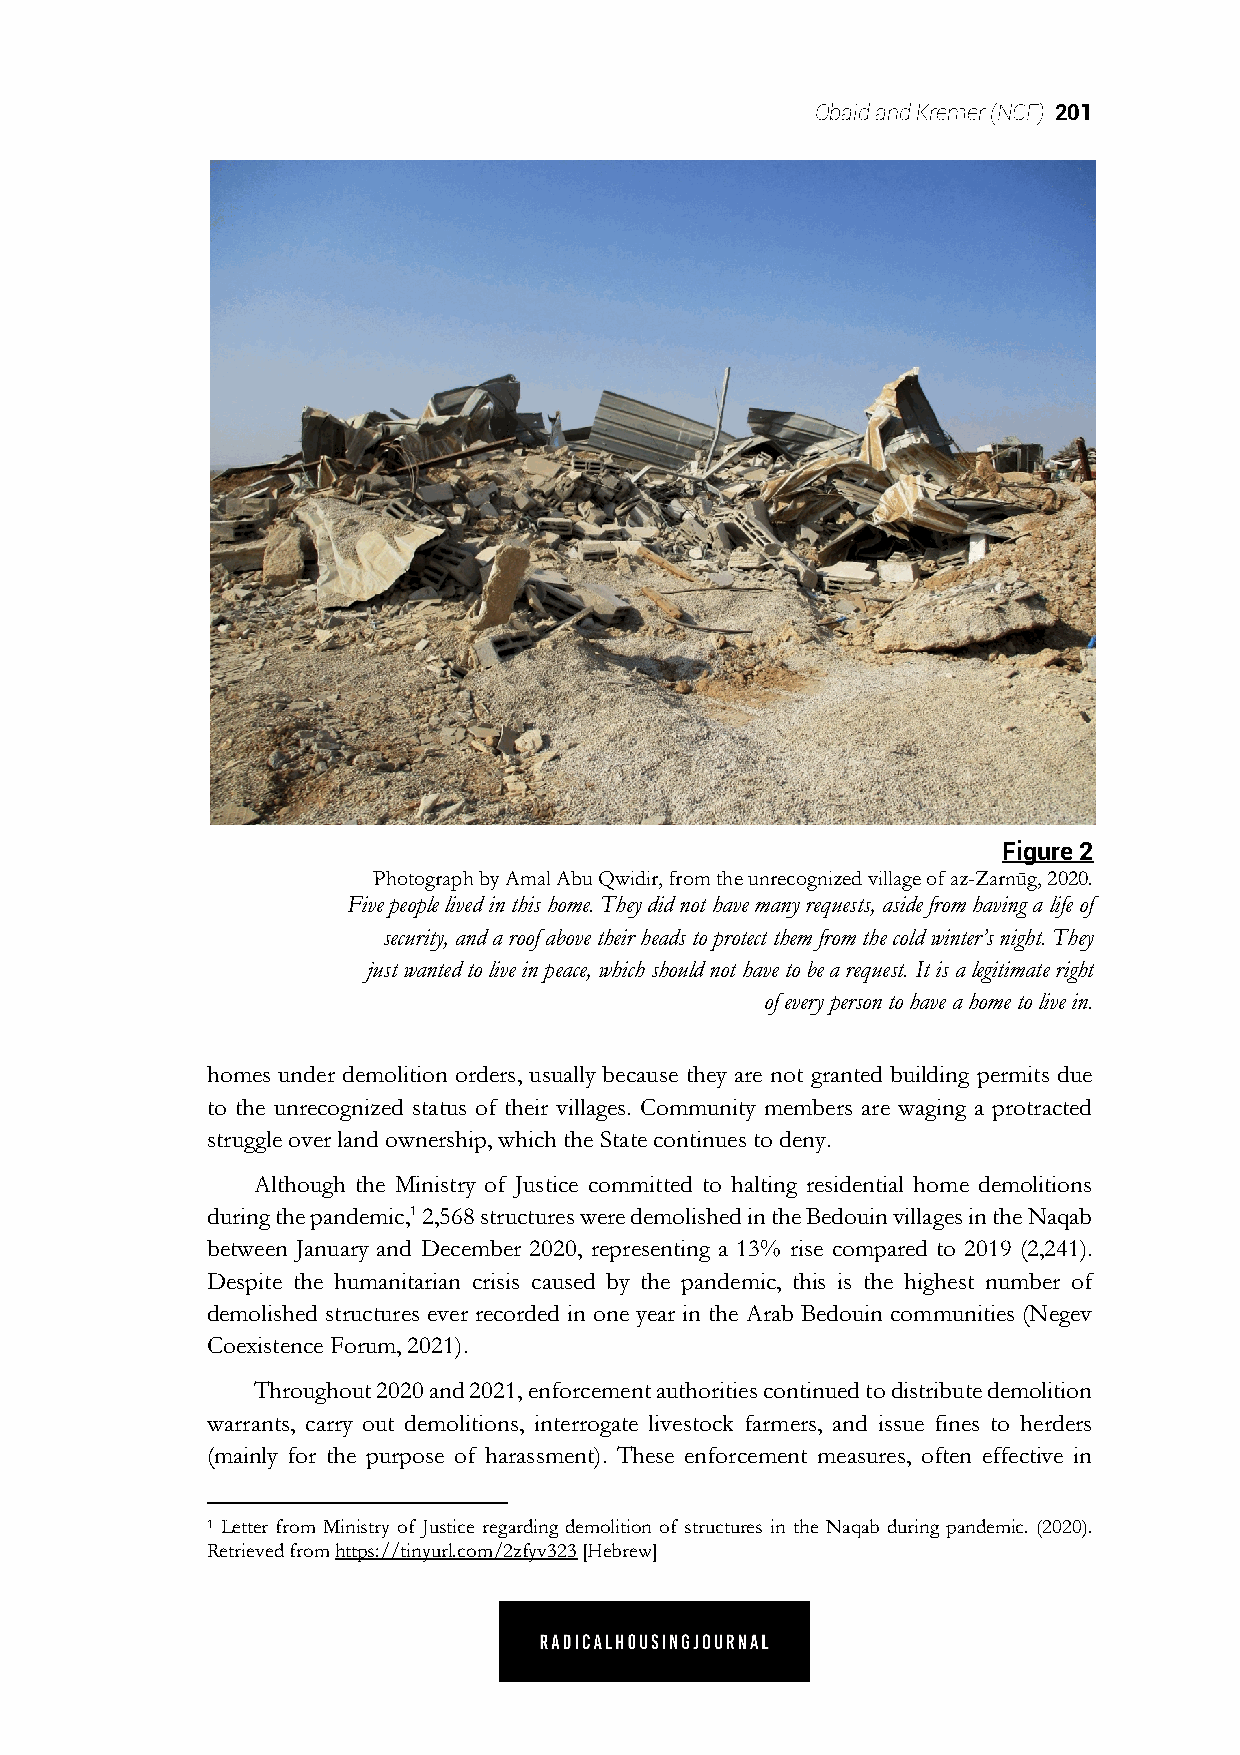
Obaid and Kremer (NCF) .2 01
 Figure 2
 Photograph by Amal Abu Qwidir, from the unrecognized village of az-Zarnūg, 2020.
 Five people lived in this home. They did not have many requests, aside from having a life of
 security, and a roof above their heads to protect them from the cold winter’s night. They
 just wanted to live in peace, which should not have to be a request. It is a legitimate right
 of every person to have a home to live in.
 homes under demolition orders, usually because they are not granted building permits due
 to the unrecognized status of their villages. Community members are waging a protracted
 struggle over land ownership, which the State continues to deny.
 Although the Ministry of Justice committed to halting residential home demolitions
 during the pandemic,1 2,568 structures were demolished in the Bedouin villages in the Naqab
 between January and December 2020, representing a 13% rise compared to 2019 (2,241).
 Despite the humanitarian crisis caused by the pandemic, this is the highest number of
 demolished structures ever recorded in one year in the Arab Bedouin communities (Negev
 Coexistence Forum, 2021).
 Throughout 2020 and 2021, enforcement authorities continued to distribute demolition
 warrants, carry out demolitions, interrogate livestock farmers, and issue fines to herders
 (mainly for the purpose of harassment). These enforcement measures, often effective in
 1 Letter from Ministry of Justice regarding demolition of structures in the Naqab during pandemic. (2020).
 Retrieved from https://tinyurl.com/2zfyv323 [Hebrew]